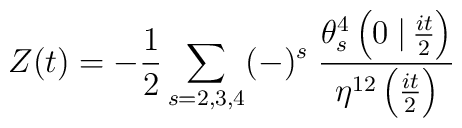
Z(t) = -{1\over 2} \sum_{s=2,3,4} (-)^s\; {\theta^{4}_s\left(0  \left.\right|{it\over 2}\right) \over  \eta^{12}\left({it\over 2}\right)}